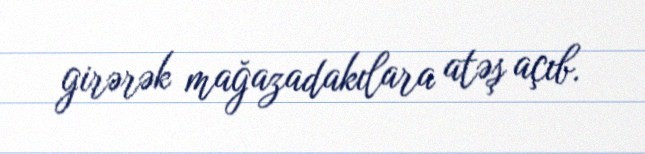
girərək mağazadakılara atəş açıb.